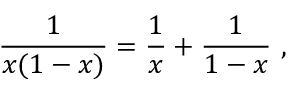
{ \frac { 1 } { x ( 1 - x ) } } = { \frac { 1 } { x } } + { \frac { 1 } { 1 - x } } \ ,